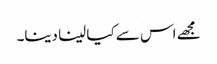
مجھے اس سے کیا لینا دینا۔